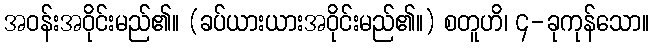
အဝန်းအဝိုင်းမည်၏။ (ခပ်ယားယားအဝိုင်းမည်၏။) စတူဟိ၊ ၄-ခုကုန်သော။